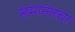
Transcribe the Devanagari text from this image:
समानतचा